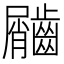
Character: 𪙌